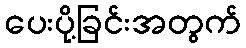
ပေးပို့ခြင်းအတွက်